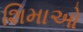
શિમાઓ